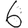
Digit: 6